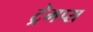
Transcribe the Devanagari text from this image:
ट्रेमप्स